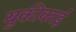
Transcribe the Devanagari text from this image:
युकीकाई